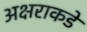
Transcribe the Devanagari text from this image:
अक्षराकडे